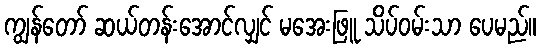
ကျွန်တော် ဆယ်တန်းအောင်လျှင် မအေးဖြူ သိပ်ဝမ်းသာ ပေမည်။